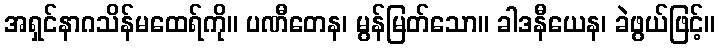
အရှင်နာဂသိန်မထေရ်ကို။ ပဏီတေန၊ မွန်မြတ်သော။ ခါဒနီယေန၊ ခဲဖွယ်ဖြင့်။